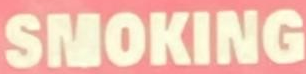
SMOKING